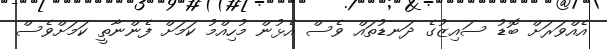
އެއްވަރަށް ބޮޑު ސައިޒުގެ ދަނޑުތައް ވެސް އެޅުން މުހިއްމު ކަމަށް ފެންނާތީ ކަމަށްވެސް